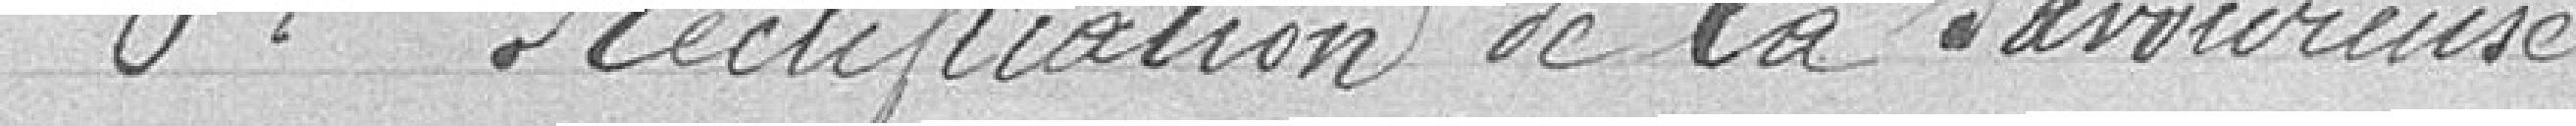
6°. Rectification de la Savoureuse